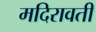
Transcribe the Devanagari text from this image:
मदिरावती